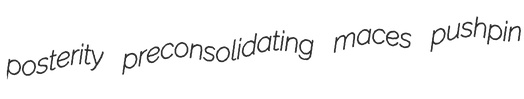
posterity preconsolidating maces pushpin